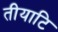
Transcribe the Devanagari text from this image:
तीयाटि